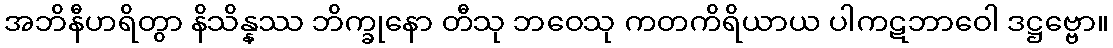
အဘိနီဟရိတွာ နိသိန္နဿ ဘိက္ခုနော တီသု ဘဝေသု ကတကိရိယာယ ပါကဋဘာဝေါ ဒဋ္ဌဗ္ဗော။